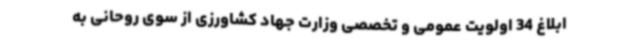
ابلاغ 34 اولویت عمومی و تخصصی وزارت جهاد کشاورزی از سوی روحانی به